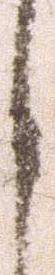
之